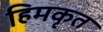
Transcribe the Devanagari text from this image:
हिमकृत